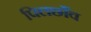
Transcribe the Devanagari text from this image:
पिलछाँव